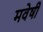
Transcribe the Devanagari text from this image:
मवेषी